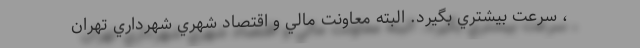
، سرعت بيشتري بگيرد. البته معاونت مالي و اقتصاد شهري شهرداري تهران